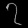
Digit: ၇